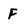
Character: F